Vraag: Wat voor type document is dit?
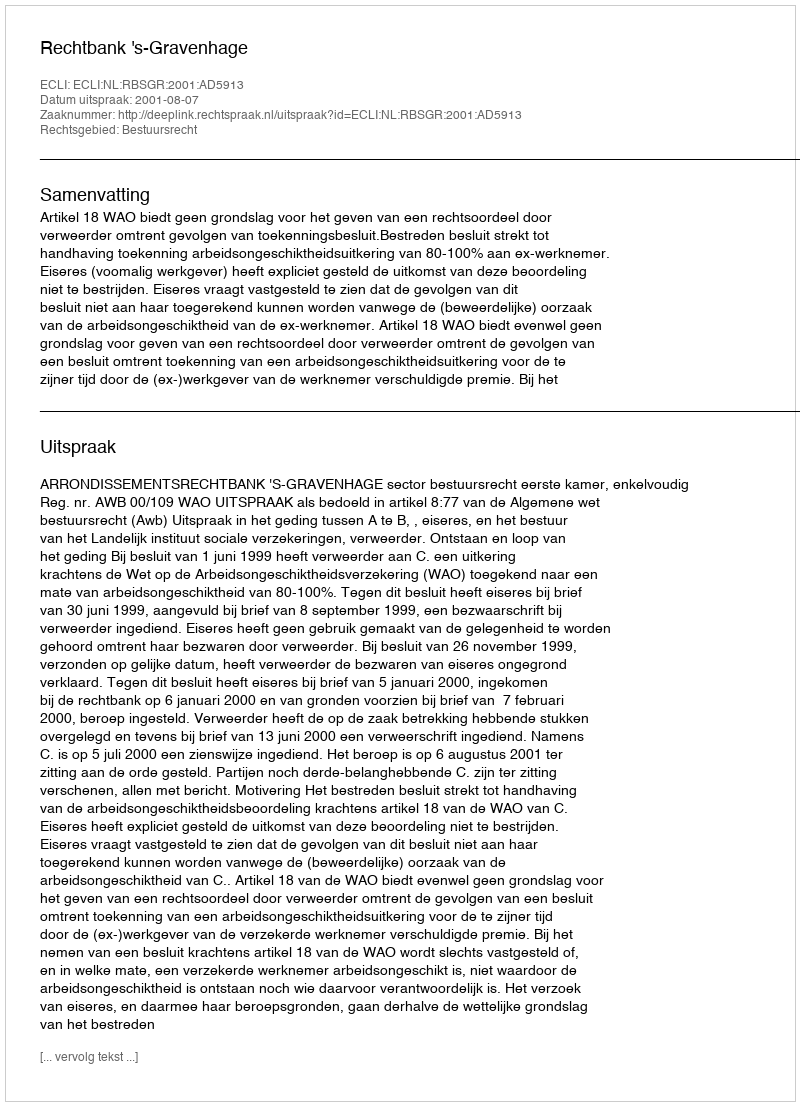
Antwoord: Uitspraak